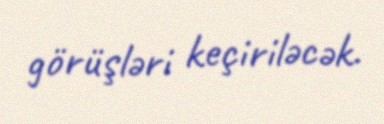
görüşləri keçiriləcək.